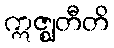
ဣဇ္ဈတီတိ